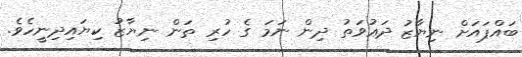
ބައްޕައަށް ނިޔާޒު ދަޢުވަތު ދިން ނަމަ ގެ ހުރި ތަން ނިޔާޒު ކިޔައިދިނީހެވެ.